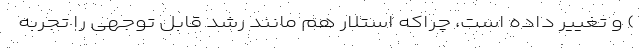
) و تغییر داده است، چراکه استلار هم مانند رشد قابل توجهی را تجربه